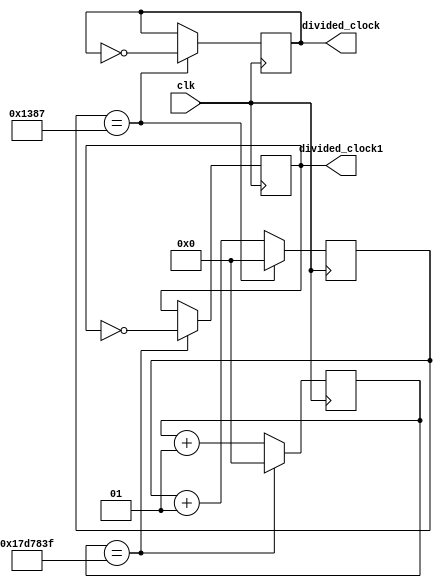
`timescale 1ns / 1ps

//Clock Divider module
//Formula (50mhz/(2*Freq))  - 1  
//1hz: 24999999  2Hz: 12499999 50Hz: 499999 100Hz: 249999 10khz: 4999

module Clock(
	input clk,
	output reg divided_clock,
	output reg divided_clock1
	
    );

localparam div_value = 4999;// Refresh clock
localparam div_value1 = 24999999;//pushbutton 

integer counter_value = 0;
integer counter_value1 = 0;

always @ (posedge clk)
begin
	
	//clock
	if (counter_value == div_value)
		counter_value <= 0;
	else
		counter_value <= counter_value+1;
	//clock1	
	if (counter_value1 == div_value1)
		counter_value1 <= 0;
	else
		counter_value1 <= counter_value1+1;
end

always @ (posedge clk)
begin
	//clock
	if (counter_value == div_value)
		divided_clock <= ~divided_clock;
	else
		divided_clock <= divided_clock;
	//clock1	
	if (counter_value1 == div_value1)
		divided_clock1 <= ~divided_clock1;
	else
		divided_clock1 <= divided_clock1;

end


endmodule